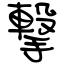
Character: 撃